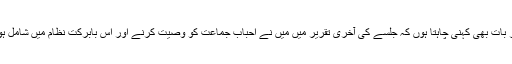
اس شکرانے کے ضمن میں ایک اور بات بھی کہنی چاہتا ہوں کہ جلسے کی آخری تقریر میں میں نے احباب جماعت کو وصیت کرنے اور اس بابرکت نظام میں شامل ہونے کی طرف بھی توجہ دلائی تھی۔